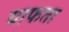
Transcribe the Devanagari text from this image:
याफता